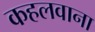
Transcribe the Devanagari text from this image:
कहलवाना